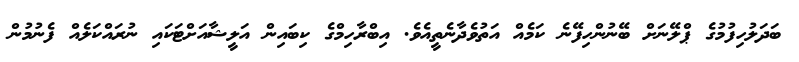
ބަދަލުހިފުމުގެ ޕްލޭނަށް ބޭނުންހިފޭނެ ކަމެއް އަތުވެދާނެތީއެވެ. އިބްރާހިމްގެ ކިބައިން އަލީޝާއަށްޓަކައި ނުރައްކަލެއް ފެނުމުން